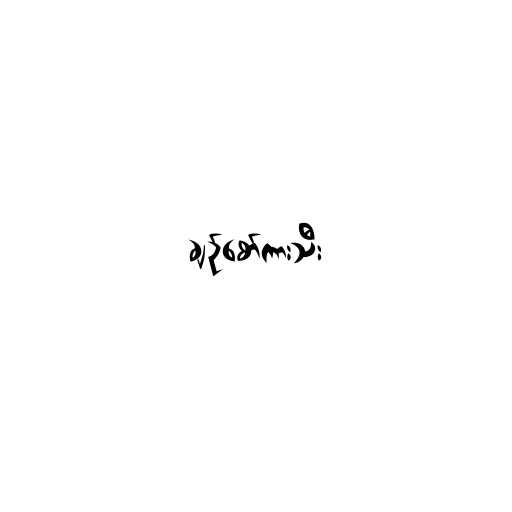
ချဥ်စော်ကားသီး